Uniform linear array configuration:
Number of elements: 24
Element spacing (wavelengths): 0.5
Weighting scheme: cosine
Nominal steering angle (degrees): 15
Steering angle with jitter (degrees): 16.489
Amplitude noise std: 0.05
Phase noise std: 0.05

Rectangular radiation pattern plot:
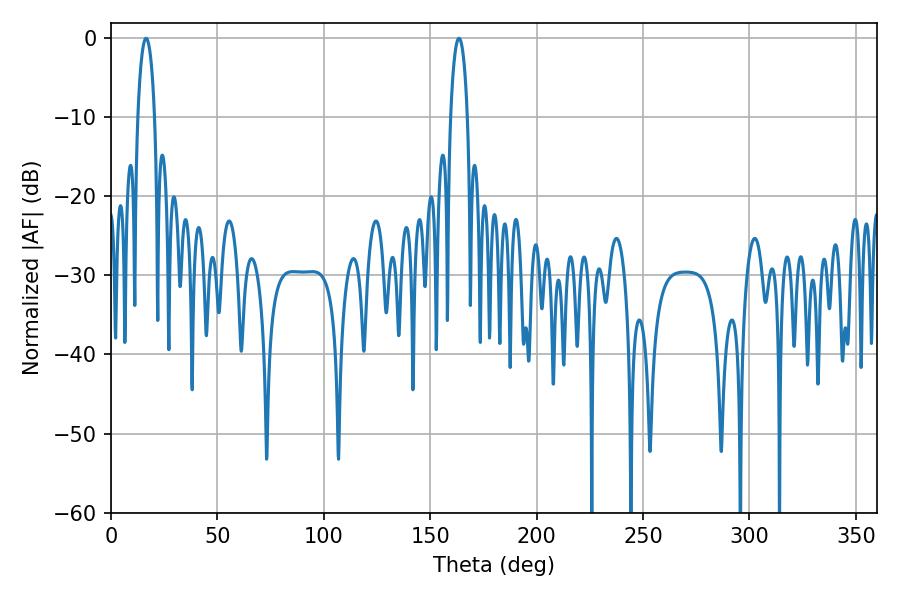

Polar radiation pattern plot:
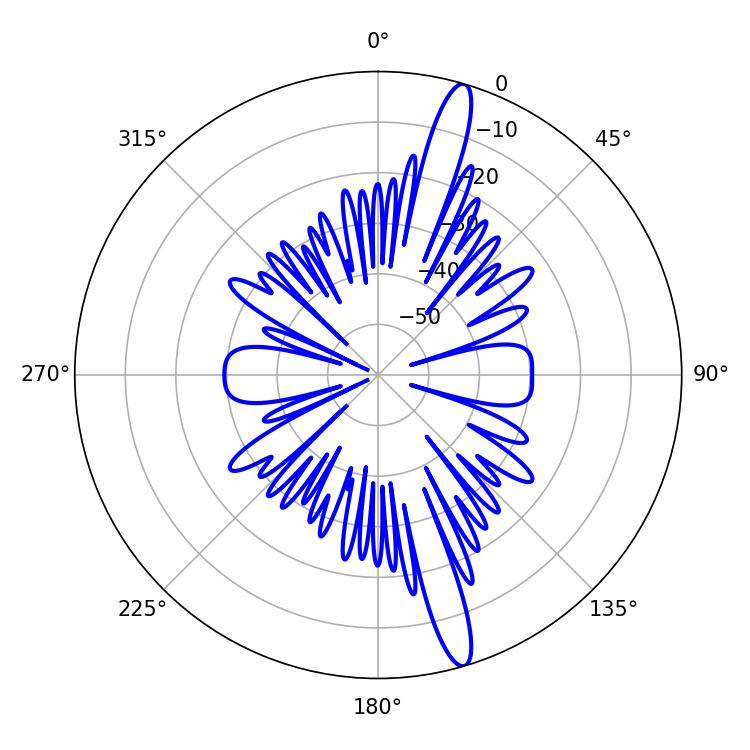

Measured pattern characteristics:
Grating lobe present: FALSE
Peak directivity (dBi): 16.028
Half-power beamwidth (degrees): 4.5
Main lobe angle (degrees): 16.56